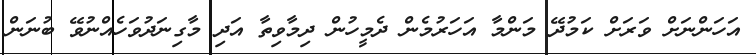
އަހަންނަށް ވަރަށް ކަމުދޭ މަންމާ އަހަރުމެން ދެމީހުން ދިމާވިތާ އަދި މާގިނަދުވަހެއްނުވޭ ބުނަން